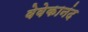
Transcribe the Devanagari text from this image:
वेवेकानंद